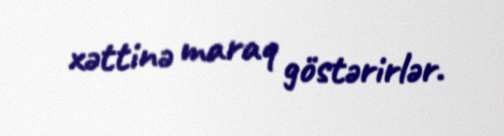
xəttinə maraq göstərirlər.